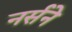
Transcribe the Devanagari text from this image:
नर्सने